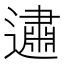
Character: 𰻕